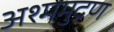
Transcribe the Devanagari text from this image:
अश्ममुद्रण